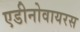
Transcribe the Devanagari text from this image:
एडीनोवायरस